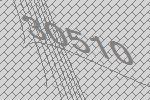
30510